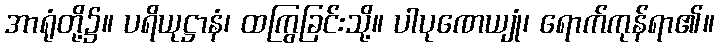
အာရုံတို့၌။ ပရိယုဋ္ဌာနံ၊ ထကြွခြင်းသို့။ ပါပုဏေယျုံ၊ ရောက်ကုန်ရာ၏။